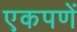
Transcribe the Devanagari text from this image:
एकपणें